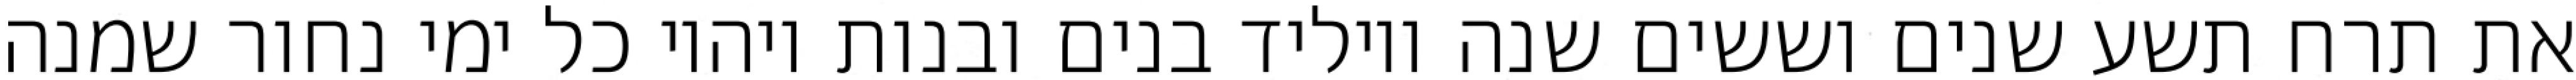
את תרח תשע שנים וששים שנה ויוליד בנים ובנות ויהיו כל ימי נחור שמנה